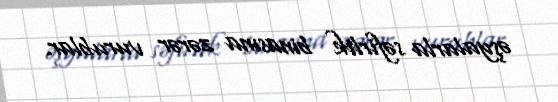
əşyalarla səfirlik binasına zərər vurublar.